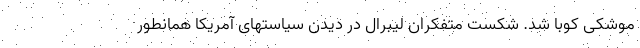
موشکی کوبا شد. شکست متفکران لیبرال در دیدن سیاستهای آمریکا همانطور